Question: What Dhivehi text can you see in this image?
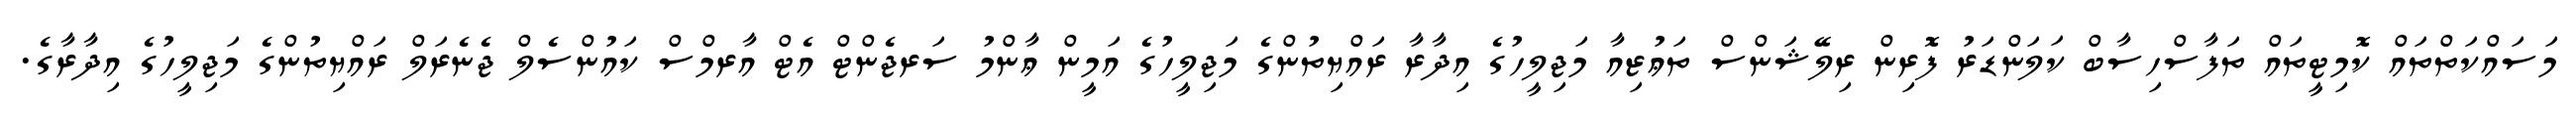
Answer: މަސައްކަތްތައް ކޮމިޓީތައް ތަފާސްހިސާބް ކަލަންޑަރު ފޮރިން ރިލޭޝަންސް ތަޢުޒިއާ މަޖިލީހުގެ އިދާރާ ރައްޔިތުންގެ މަޖިލީހުގެ އަމީން ޢާންމު ސަރޖެންޓް އެޓް އާރމްސް ކައުންސެލް ޖެނެރަލް ރައްޔިތުންގެ މަޖިލީހުގެ އިދާރާގެ.